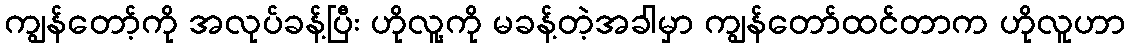
ကျွန်တော့်ကို အလုပ်ခန့်ပြီး ဟိုလူ့ကို မခန့်တဲ့အခါမှာ ကျွန်တော်ထင်တာက ဟိုလူဟာ